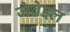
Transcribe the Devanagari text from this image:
जेवेइल